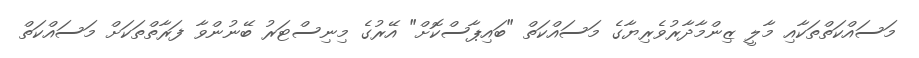
މަސައްކަތްތަކާއި މާލީ ޒިންމާދާރުވެރިޔާގެ މަސައްކަތް "ބައިޕާސްކޮށް" އޭރުގެ މިނިސްޓަރު ބޭނުންވާ ފަރާތްތަކަށް މަސައްކަތް